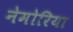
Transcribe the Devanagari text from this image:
नेमोरिया